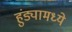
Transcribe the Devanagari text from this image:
हुंड्यामध्ये